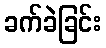
ခက်ခဲခြင်း